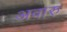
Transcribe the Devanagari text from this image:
अवारु